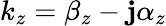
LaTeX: k_{z}=\beta_{z}-\mathbf{j}\alpha_{z}